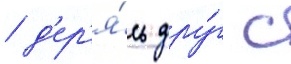
/ д'ер'я́сь дру́г с